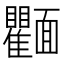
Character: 𩉘